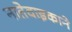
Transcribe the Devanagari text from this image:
नातेवाइकाने